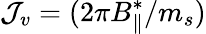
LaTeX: \mathcal{J}_{v}=(2\pi B_{\parallel}^{*}/m_{s})